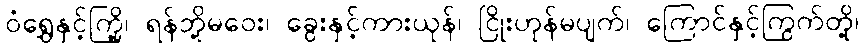
ဝံရွှေနှင့်ကြို့၊ ရန်ဘို့မဝေး၊ ခွေးနှင့်ကားယုန်၊ ငြိုးဟုန်မပျက်၊ ကြောင်နှင့်ကြွက်တို့၊